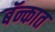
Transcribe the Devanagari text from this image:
बॅन्कात